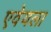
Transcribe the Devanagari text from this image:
एवेयला